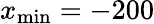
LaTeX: x_{\operatorname*{min}}=-200